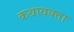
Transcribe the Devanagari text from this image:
कथावक्ता